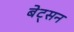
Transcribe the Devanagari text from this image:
बेट्सन